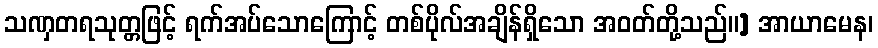
သဏှတရသုတ္တဖြင့် ရက်အပ်သောကြောင့် တစ်ပိုလ်အချိန်ရှိသော အဝတ်တို့သည်။] အာယာမေန၊